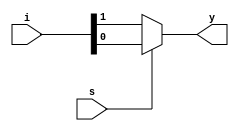
module mux2to1(
    input [0:1] i,
    input s,
    output y
    );
    assign y = s ? i[1]:i[0];
endmodule